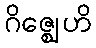
ဂိဇ္ဈေဟိ